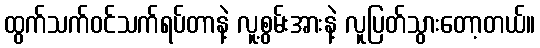
ထွက်သက်ဝင်သက်ရပ်တာနဲ့ လူ့စွမ်းအားနဲ့ လူပြတ်သွားတော့တယ်။